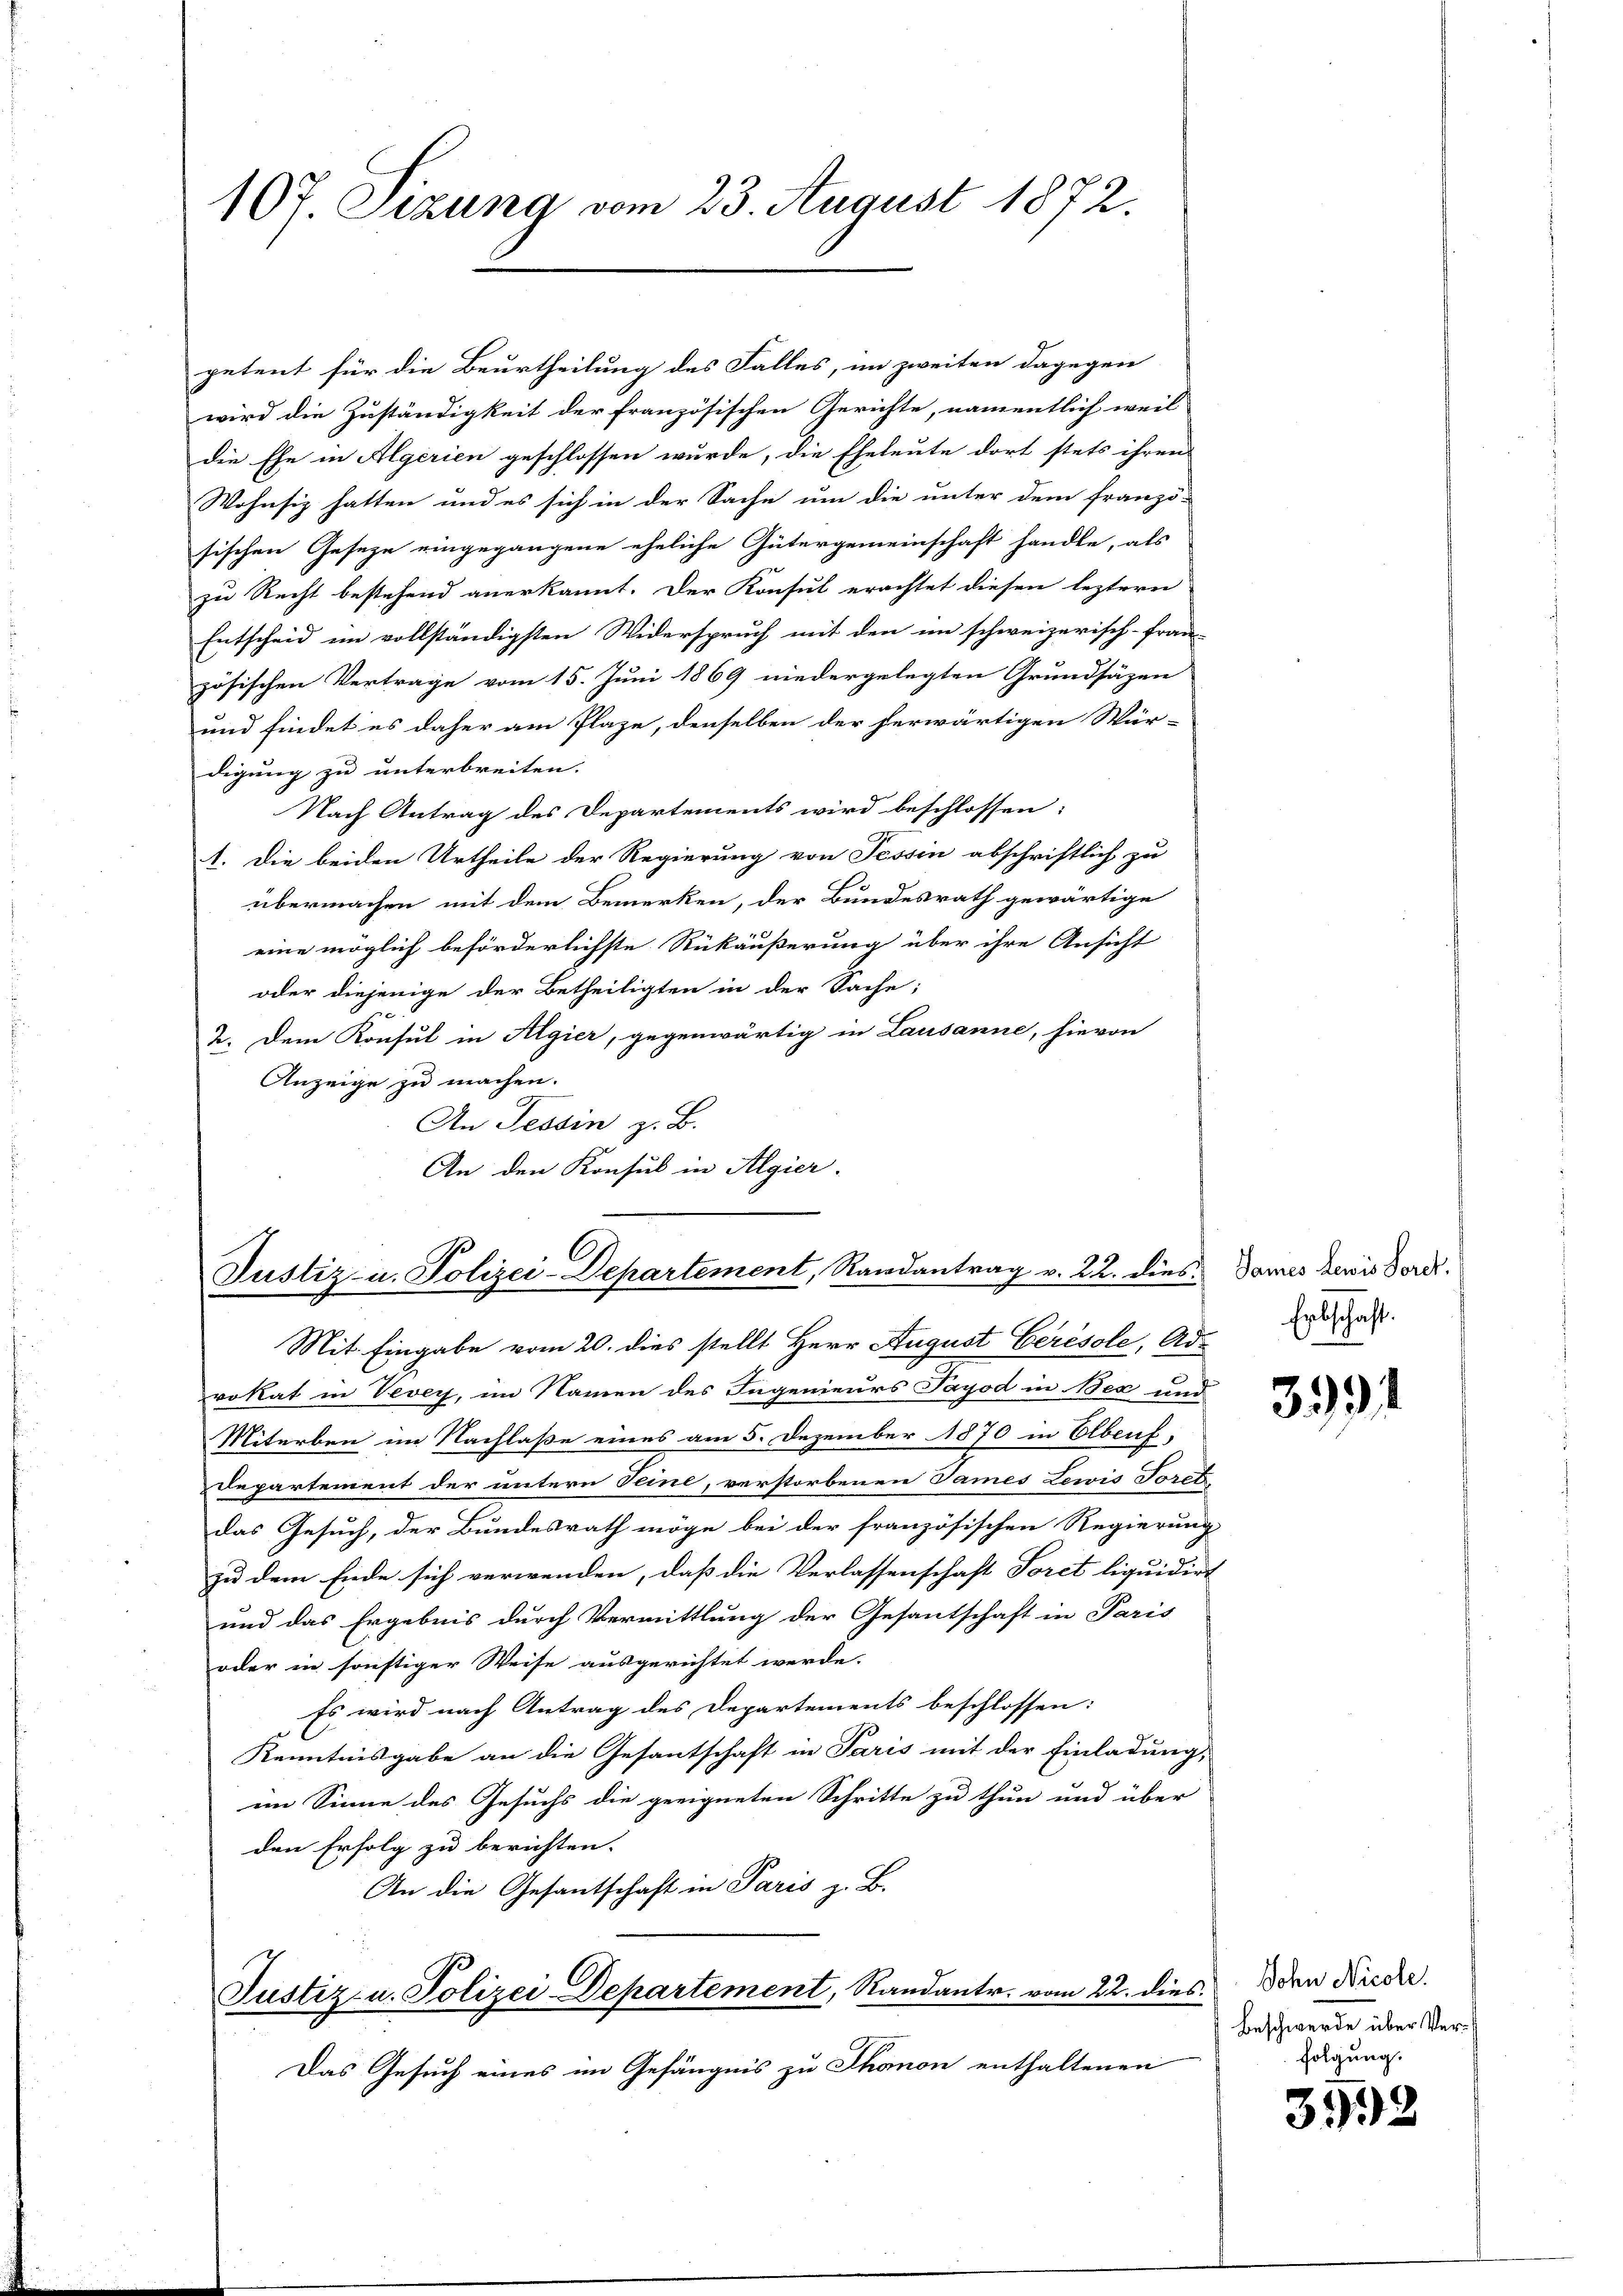
107. Sezung vom 23. August 1872.

petent für die Beurtheilung des Falles, im zweiten dagegen
wird die Zuständigkeit der französischen Gerichte, namentlich weil
die Ehe in Algerien geschlossen wurde, die Eheleute dort stets ihren
Wohnsiz hatten und es sich in der Sache um die unter dem franzö-
sischen Geseze eingegangene eheliche Gütergemeinschaft handle, als
zu Recht bestehend anerkannt. Der Konsul erachtet diesen leztere
Entscheid im vollständigsten Widerspruch mit den im schweizerisch-Fran
zösischen Vertrage vom 15. Juni 1869 niedergelegten Grundsäzen
und findet es daher am Plaze, denselben der herwärtigen Wür-
digung zu unterbreiten.
Nach Antrag des Departements wird beschlossen:
1. Die beiden Urtheile der Regierung von Tessin abschriftlich zu
übermachen mit dem Bemerken, der Bundesrath gewärtige
eine möglich beförderlichste Rükäußerung über ihre Ansicht
oder diejenige der Betheiligten in der Sache;
2. Dem Konsul in Algier, gegenwärtig in Lausanne, hievon
Anzeige zu machen.
An Tessin z. B.
An den Konsul in Algier.

Justiz- u. Polizei-Departement, Randantrag v. 22. dies:

Mit Eingabe vom 20. dies stellt Herr August Gerésole, Ad-
vokat in Vevey, im Namen des Ingenieurs Sayod in Bex und
Miterben im Nachlaße eines am 5. Dezember 1870 in Elbeuf
Departement der untern Seine, verstorbenen James Lewis Sosot-
das Gesuch, der Bundesrath möge bei der französischen Regierung
zu dem Ende sich verwenden, daß die Verlassenschaft Toret liquidirt
und das Ergebnis durch Vermittlung der Gesantschaft in Paris
oder in sonstiger Weise ausgerichtet werde.
Es wird nach Antrag des Departements beschlossen:
Kenntnisgabe an die Gesantschaft in Paris mit der Einladung,
ein Sinne des Gesuchs die geeigneten Schritte zu thun und über
den Erfolg zu berichten.
An die Gesantschaft in Paris z. B.
Justiz- u. Polizei-Departement, Randantr. vom 22. dies
Das Gesuch eines im Gefängnis zu Thonon enthaltenen

James Lewis Loret.
Erbschaft.

331

John Nicole.
Beschwerde über Verfolgung.

392